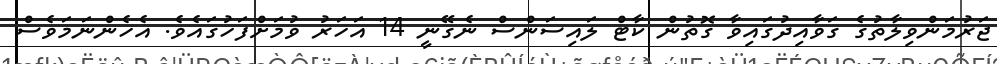
ޖަރުމަންވިލާތުގެ ގަވާއިދުގައިވާ ގޮތުން ކާޓް ލައިސަންސް ނެގޭނީ 14 އަހަރު ވުމަށްފަހުގައެވެ. އެހެންނަމަވެސް